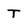
Character: T